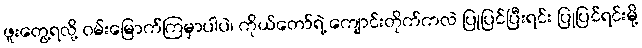
ဖူးတွေ့ရလို့ ဝမ်းမြောက်ကြမှာပါပဲ၊ ကိုယ်တော်ရဲ့ ကျောင်းတိုက်ကလဲ ပြုပြင်ပြီးရင်း ပြုပြင်ရင်းမို့